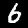
Digit: 6